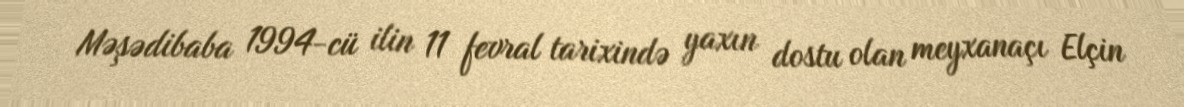
Məşədibaba 1994-cü ilin 11 fevral tarixində yaxın dostu olan meyxanaçı Elçin